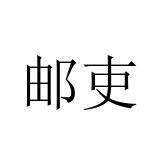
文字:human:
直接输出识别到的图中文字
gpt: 邮吏